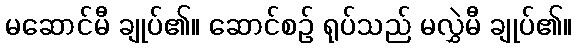
မဆောင်မီ ချုပ်၏။ ဆောင်စဉ် ရုပ်သည် မလွှဲမီ ချုပ်၏။